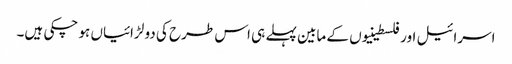
اسرائیل اور فلسطینیوں کے مابین پہلے ہی اس طرح کی دو لڑائیاں ہو چکی ہیں۔